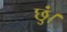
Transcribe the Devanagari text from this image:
छुं।